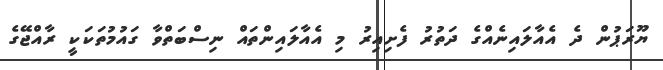
ޔޫރަޕުން ދެ އެއާލައިނެއްގެ ދަތުރު ފެށިއިރު މި އެއާލައިންތައް ނިސްބަތްވާ ގައުމުތަކަކީ ރާއްޖޭގެ